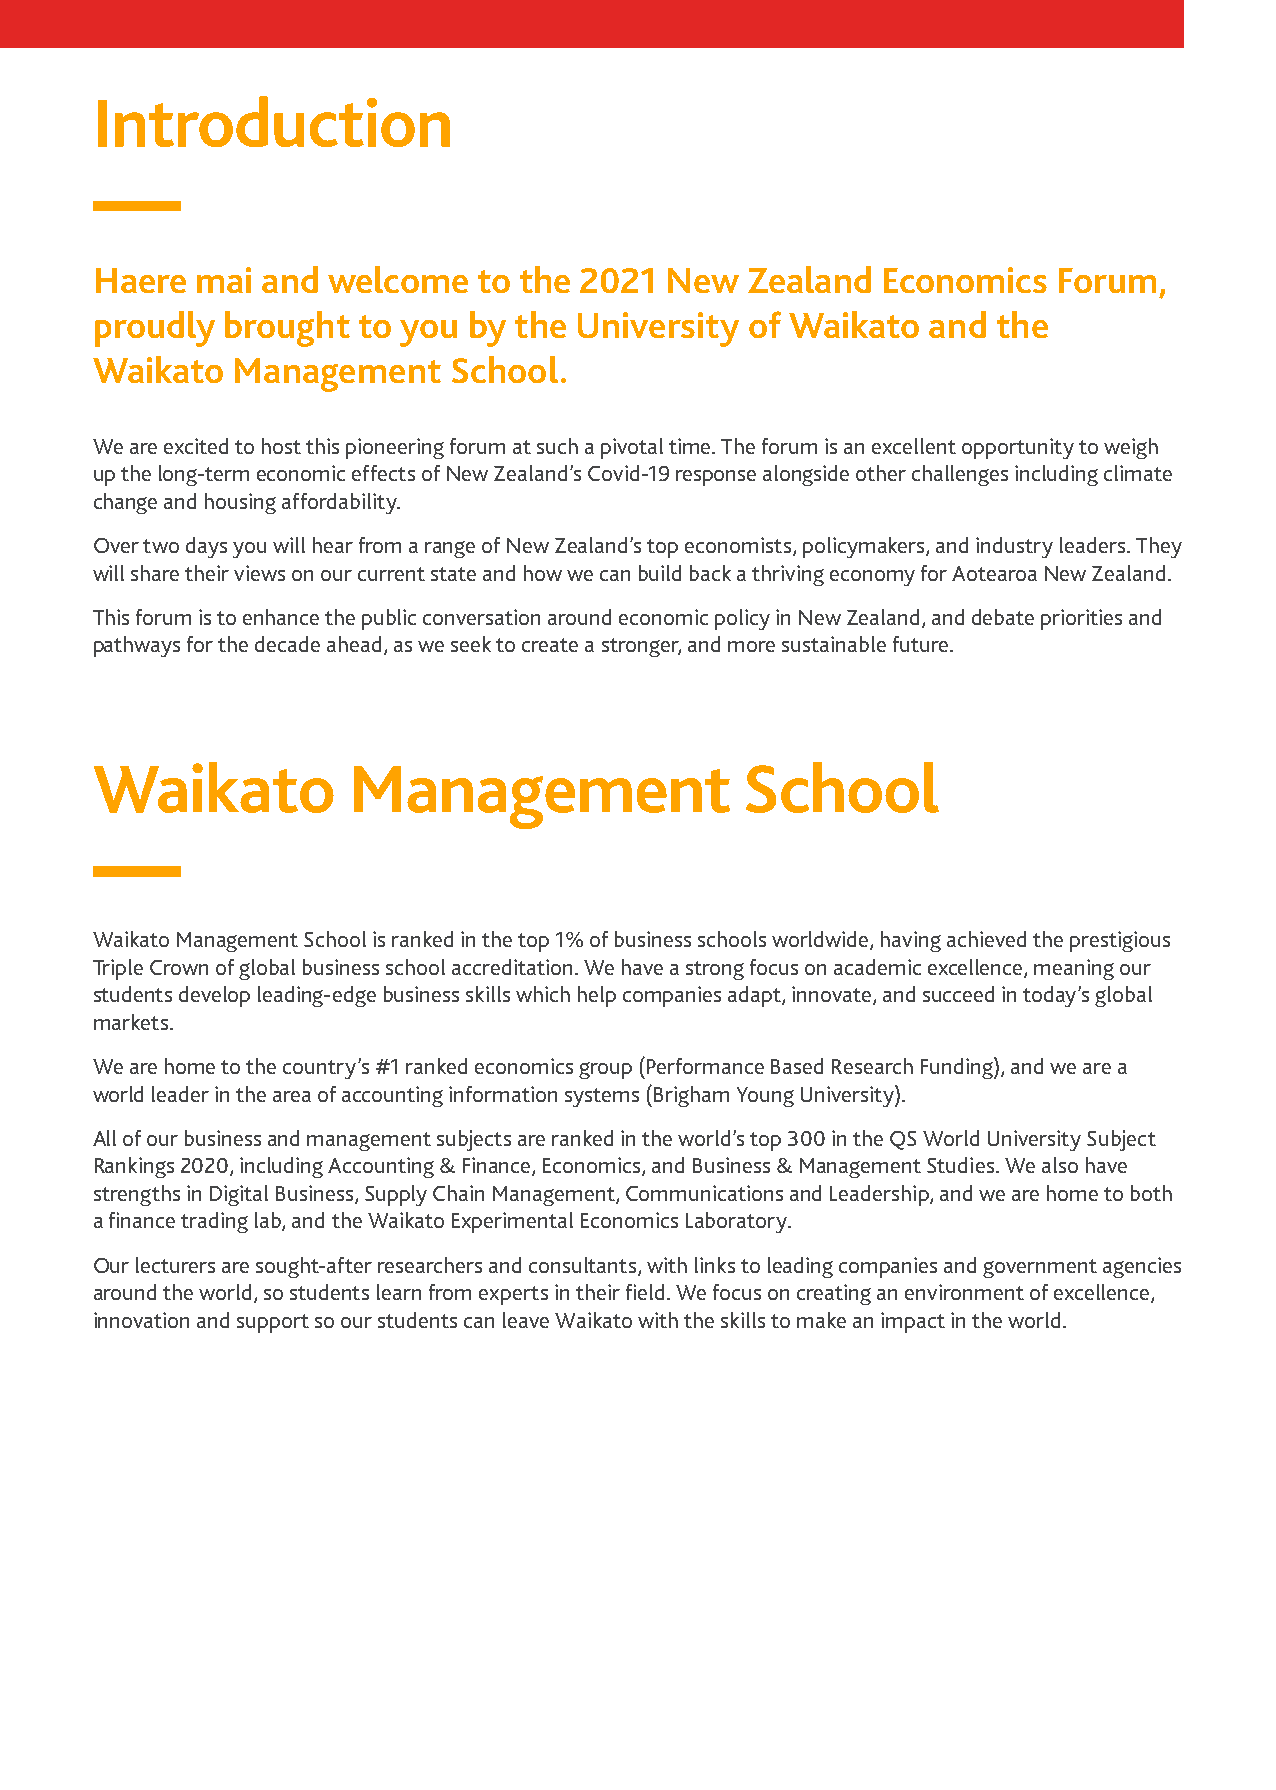
Introduction
 Haere  mai and  welcome   to the 2021 New  Zealand  Economics   Forum,
 proudly  brought  to you by the University of Waikato  and  the
 Waikato  Management     School.
 We are excited to host this pioneering forum at such a pivotal time. The forum is an excellent opportunity to weigh
 up the long-term economic effects of New Zealand’s Covid-19 response alongside other challenges including climate
 change and housing affordability.
 Over two days you will hear from a range of New Zealand’s top economists, policymakers, and industry leaders. They
 will share their views on our current state and how we can build back a thriving economy for Aotearoa New Zealand.
 This forum is to enhance the public conversation around economic policy in New Zealand, and debate priorities and
 pathways for the decade ahead, as we seek to create a stronger, and more sustainable future.
 Waikato          Management                School
 Waikato Management School is ranked in the top 1% of business schools worldwide, having achieved the prestigious
 Triple Crown of global business school accreditation. We have a strong focus on academic excellence, meaning our
 students develop leading-edge business skills which help companies adapt, innovate, and succeed in today’s global
 markets.
 We are home to the country’s #1 ranked economics group (Performance Based Research Funding), and we are a
 world leader in the area of accounting information systems (Brigham Young University).
 All of our business and management subjects are ranked in the world’s top 300 in the QS World University Subject
 Rankings 2020, including Accounting & Finance, Economics, and Business & Management Studies. We also have
 strengths in Digital Business, Supply Chain Management, Communications and Leadership, and we are home to both
 a finance trading lab, and the Waikato Experimental Economics Laboratory.
 Our lecturers are sought-after researchers and consultants, with links to leading companies and government agencies
 around the world, so students learn from experts in their field. We focus on creating an environment of excellence,
 innovation and support so our students can leave Waikato with the skills to make an impact in the world.